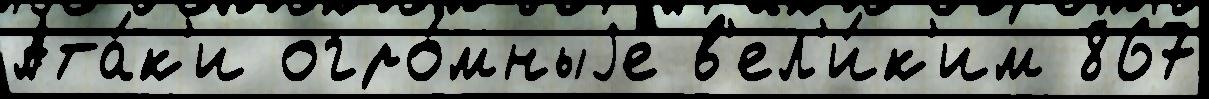
Ата́к'и огро́мныjе в'ел'и́к'им 867